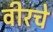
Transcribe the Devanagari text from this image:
वीरचे